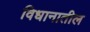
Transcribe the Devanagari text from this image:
विधानातील